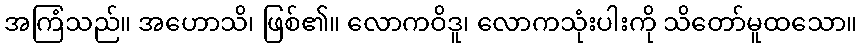
အကြံသည်။ အဟောသိ၊ ဖြစ်၏။ လောကဝိဒူ၊ လောကသုံးပါးကို သိတော်မူထသော။